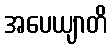
အပေယျာတိ